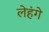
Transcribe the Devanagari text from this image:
लेहंगे